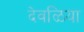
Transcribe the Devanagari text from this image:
देवळिया